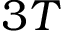
3 T